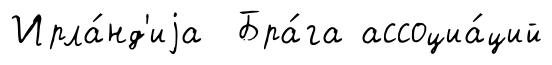
Ирла́нд'иjа Бра́га ассоциа́ций